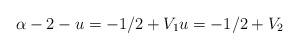
LaTeX: \begin{align*}\alpha-2-u=-1/2+V_1 u=-1/2+V_2\end{align*}